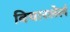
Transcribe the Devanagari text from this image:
विचारलेलं